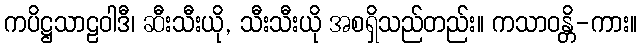
ကပိဋ္ဌသာဠဝါဒီ၊ ဆီးသီးယို, သီးသီးယို အစရှိသည်တည်း။ ကသာဝန္တိ-ကား။